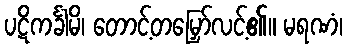
ပဋိကင်္ခါမိ၊ တောင့်တမြှော်လင့်၏။ မရဏံ၊